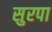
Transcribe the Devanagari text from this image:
सुरपा